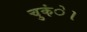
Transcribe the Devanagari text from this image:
चुकंे।